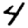
Digit: 4